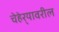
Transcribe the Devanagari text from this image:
चेहेर्‍यावरील